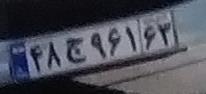
۴۸ج۹۶۱۶۳